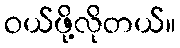
ဝယ်ဖို့လိုတယ်။